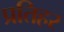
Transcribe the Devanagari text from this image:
प्रतिहर